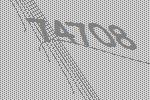
74708